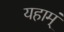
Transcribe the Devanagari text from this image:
यहाम्ं